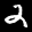
Label: 2